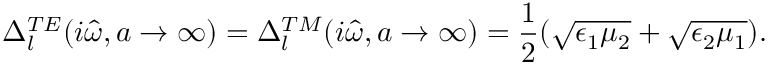
\Delta _ { l } ^ { T E } ( i \hat { \omega } , a \rightarrow \infty ) = \Delta _ { l } ^ { T M } ( i \hat { \omega } , a \rightarrow \infty ) = \frac { 1 } { 2 } ( \sqrt { \epsilon _ { 1 } \mu _ { 2 } } + \sqrt { \epsilon _ { 2 } \mu _ { 1 } } ) .